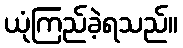
ယုံကြည်ခဲ့ရသည်။